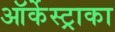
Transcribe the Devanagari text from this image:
ऑर्केस्ट्राका